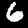
Label: 6